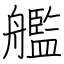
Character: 艦